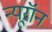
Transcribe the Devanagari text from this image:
न्‍यूरॉन